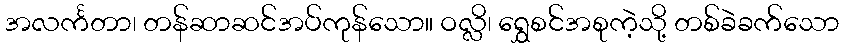
အလင်္ကတာ၊ တန်ဆာဆင်အပ်ကုန်သော။ ဝလ္လိ၊ ရွှေစင်အစုကဲ့သို့ တစ်ခဲခက်သော